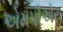
એમપીએસ